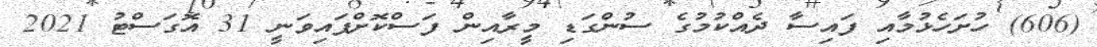
(606) ހުށަހެޅުމާއި ފައިސާ ދެއްކުމުގެ ސުންގަޑި މީރާއިން ފަސްކޮށްފައިވަނީ 31 އޮގަސްޓު 2021